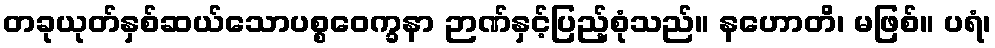
တခုယုတ်နှစ်ဆယ်သောပစ္စဝေက္ခနာ ဉာဏ်နှင့်ပြည့်စုံသည်။ နဟောတိ၊ မဖြစ်။ ပရံ၊